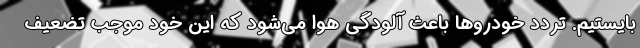
بایستیم. تردد خودرو‌ها باعث آلودگی هوا می‌شود که این خود موجب تضعیف